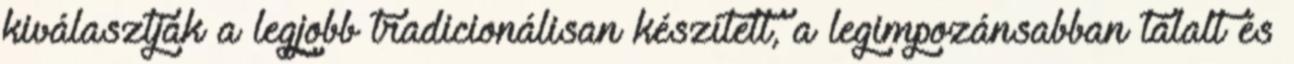
kiválasztják a legjobb tradicionálisan készített, a legimpozánsabban tálalt és